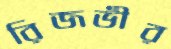
রিজভীর